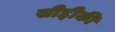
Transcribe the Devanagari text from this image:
सीद्दीकी